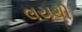
લયથી